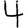
Digit: 4